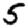
Digit: 5